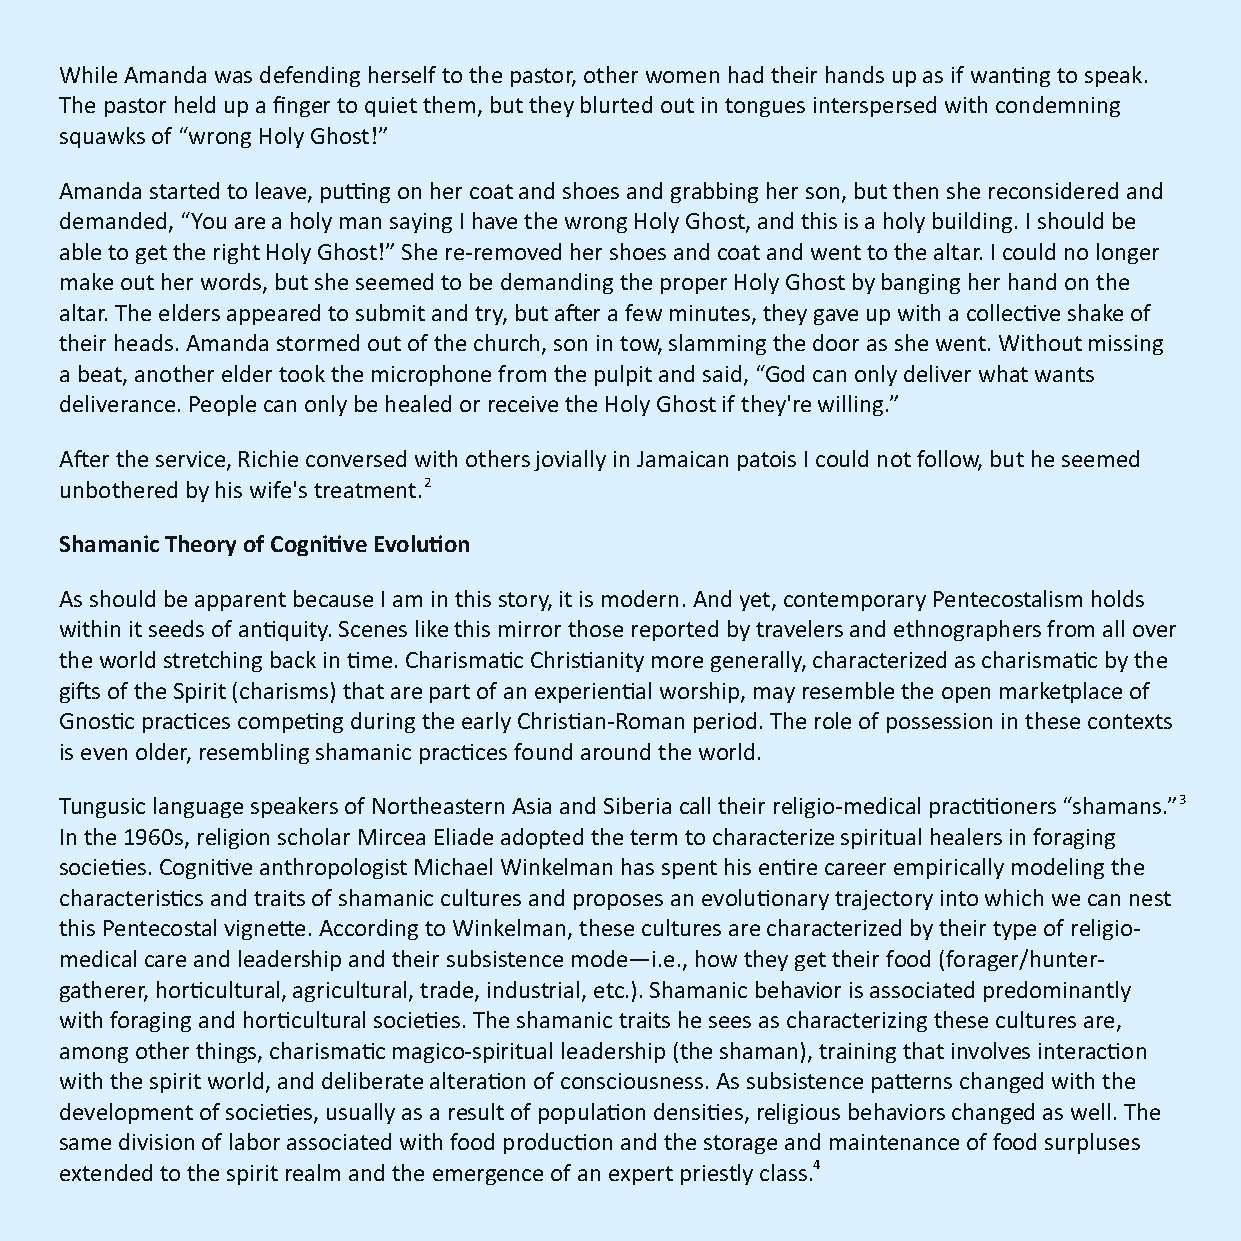
While Amanda was defending herself to the pastor, other women had their hands up as if wanng to speak.
 The pastor held up a finger to quiet them, but they blurted out in tongues interspersed with condemning
 squawks of “wrong Holy Ghost!”
 Amanda started to leave, pung on her coat and shoes and grabbing her son, but then she reconsidered and
 demanded, “You are a holy man saying I have the wrong Holy Ghost, and this is a holy building. I should be
 able to get the right Holy Ghost!” She re-removed her shoes and coat and went to the altar. I could no longer
 make out her words, but she seemed to be demanding the proper Holy Ghost by banging her hand on the
 altar. The elders appeared to submit and try, but aer a few minutes, they gave up with a collecve shake of
 their heads. Amanda stormed out of the church, son in tow, slamming the door as she went. Without missing
 a beat, another elder took the microphone from the pulpit and said, “God can only deliver what wants
 deliverance. People can only be healed or receive the Holy Ghost if they're willing.”
 Aer the service, Richie conversed with others jovially in Jamaican patois I could not follow, but he seemed
 unbothered by his wife's treatment.2
 Shamanic Theory of Cognive Evoluon
 As should be apparent because I am in this story, it is modern. And yet, contemporary Pentecostalism holds
 within it seeds of anquity. Scenes like this mirror those reported by travelers and ethnographers from all over
 the world stretching back in me. Charismac Chrisanity more generally, characterized as charismac by the
 gis of the Spirit (charisms) that are part of an experienal worship, may resemble the open marketplace of
 Gnosc pracces compeng during the early Chrisan-Roman period. The role of possession in these contexts
 is even older, resembling shamanic pracces found around the world.
 Tungusic language speakers of Northeastern Asia and Siberia call their religio-medical praconers “shamans.” 3
 In the 1960s, religion scholar Mircea Eliade adopted the term to characterize spiritual healers in foraging
 sociees. Cognive anthropologist Michael Winkelman has spent his enre career empirically modeling the
 characteriscs and traits of shamanic cultures and proposes an evoluonary trajectory into which we can nest
 this Pentecostal vignee. According to Winkelman, these cultures are characterized by their type of religio-
 medical care and leadership and their subsistence mode—i.e., how they get their food (forager/hunter-
 gatherer, horcultural, agricultural, trade, industrial, etc.). Shamanic behavior is associated predominantly
 with foraging and horcultural sociees. The shamanic traits he sees as characterizing these cultures are,
 among other things, charismac magico-spiritual leadership (the shaman), training that involves interacon
 with the spirit world, and deliberate alteraon of consciousness. As subsistence paerns changed with the
 development of sociees, usually as a result of populaon densies, religious behaviors changed as well. The
 same division of labor associated with food producon and the storage and maintenance of food surpluses
 extended to the spirit realm and the emergence of an expert priestly class.4